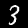
Digit: 3